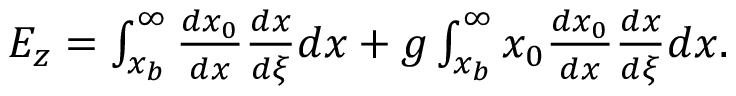
\begin{array} { r } { E _ { z } = \int _ { x _ { b } } ^ { \infty } \frac { d x _ { 0 } } { d x } \frac { d x } { d \xi } d x + g \int _ { x _ { b } } ^ { \infty } x _ { 0 } \frac { d x _ { 0 } } { d x } \frac { d x } { d \xi } d x . } \end{array}